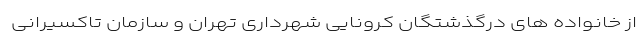
از خانواده های درگذشتگان کرونایی شهرداری تهران و سازمان تاکسیرانی